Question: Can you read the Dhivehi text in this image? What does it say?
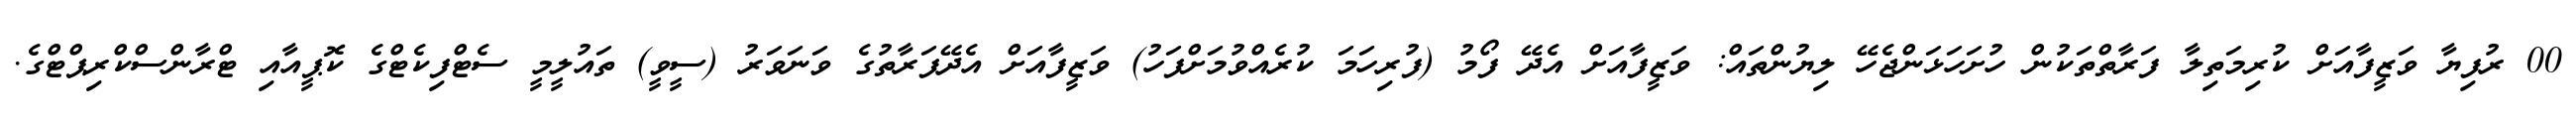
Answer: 00 ރުފިޔާ ވަޒީފާއަށް ކުރިމަތިލާ ފަރާތްތަކުން ހުށަހަޅަންޖެހޭ ލިޔުންތައް: ވަޒީފާއަށް އެދޭ ފޯމު (ފުރިހަމަ ކުރެއްވުމަށްފަހު) ވަޒީފާއަށް އެދޭފަރާތުގެ ވަނަވަރު (ސީވީ) ތައުލީމީ ސެޓްފިކެޓްގެ ކޮޕީއާއި ޓްރާންސްކްރިޕްޓްގެ.